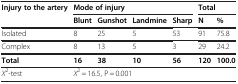
<table><thead><tr><td><b>Injury to the artery</b></td><td colspan="4"><b>Mode of injury</b></td><td colspan="2"><b>Total</b></td></tr><tr><td><b> </b></td><td><b>Blunt</b></td><td><b>Gunshot</b></td><td><b>Landmine</b></td><td><b>Sharp</b></td><td><b>N</b></td><td><b>%</b></td></tr></thead><tbody><tr><td>Isolated</td><td>8</td><td>25</td><td>5</td><td>53</td><td>91</td><td>75.8</td></tr><tr><td>Complex</td><td>8</td><td>13</td><td>5</td><td>3</td><td>29</td><td>24.2</td></tr><tr><td><b>Total</b></td><td><b>16</b></td><td><b>38</b></td><td><b>10</b></td><td><b>56</b></td><td><b>120</b></td><td><b>100.0</b></td></tr><tr><td><i>X</i><sup>2</sup>-test</td><td colspan="4"><i>X</i><sup>2</sup> = 16.5, P = 0.001</td><td colspan="2"> </td></tr></tbody></table>